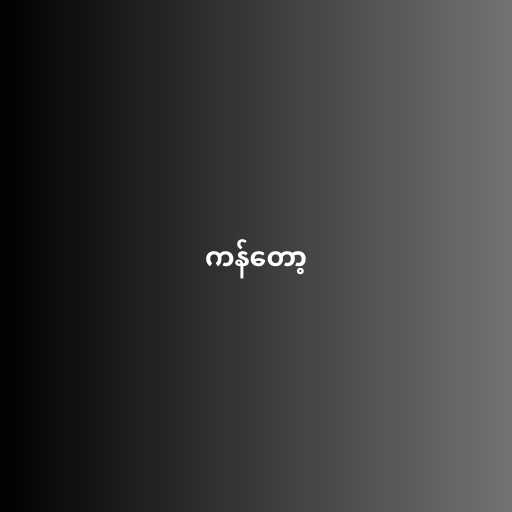
ကန်တော့